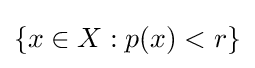
\{x\in X:p(x)<r\}